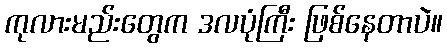
ကုလားမည်းတွေက ဒလပုံကြီး ဖြစ်နေတာပဲ။